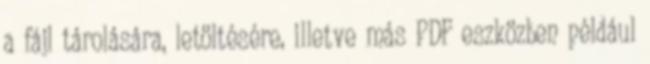
a fájl tárolására, letöltésére, illetve más PDF eszközben például